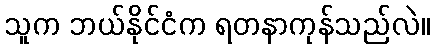
သူက ဘယ်နိုင်ငံက ရတနာကုန်သည်လဲ။